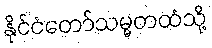
နိုင်ငံတော်သမ္မတထံသို့